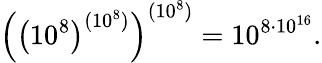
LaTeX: \left(\left(10^{8}\right)^{(10^{8})}\right)^{(10^{8})}=10^{8\cdot 10^{16}}.